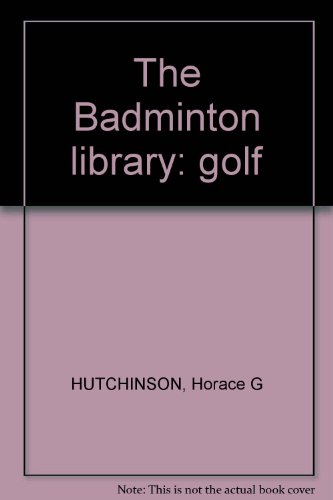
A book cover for The Badminton library: golf; Horace G Hutchinson; Sports & Outdoors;